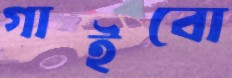
গাইবো